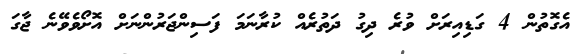
އެގޮތުން 4 ގަޑިއިރަށް ވުރެ ދިގު ދަތުރެއް ކުރާނަމަ ފަސިންޖަރުންނަށް އޮށޯވެވޭނެ ޖާގަ